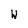
Character: W